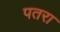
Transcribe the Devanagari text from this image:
पतरा